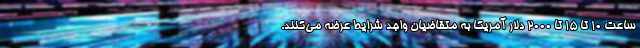
ساعت ۱۰ تا ۱۵ تا ۲۰۰۰ دلار آمریکا به متقاضیان واجد شرایط عرضه می‌کنند.